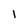
Character: l